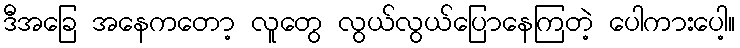
ဒီအခြေ အနေကတော့ လူတွေ လွယ်လွယ်ပြောနေကြတဲ့ ပေါကားပေါ့။